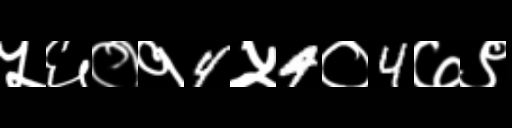
Text: ५६०१4५4०4७९